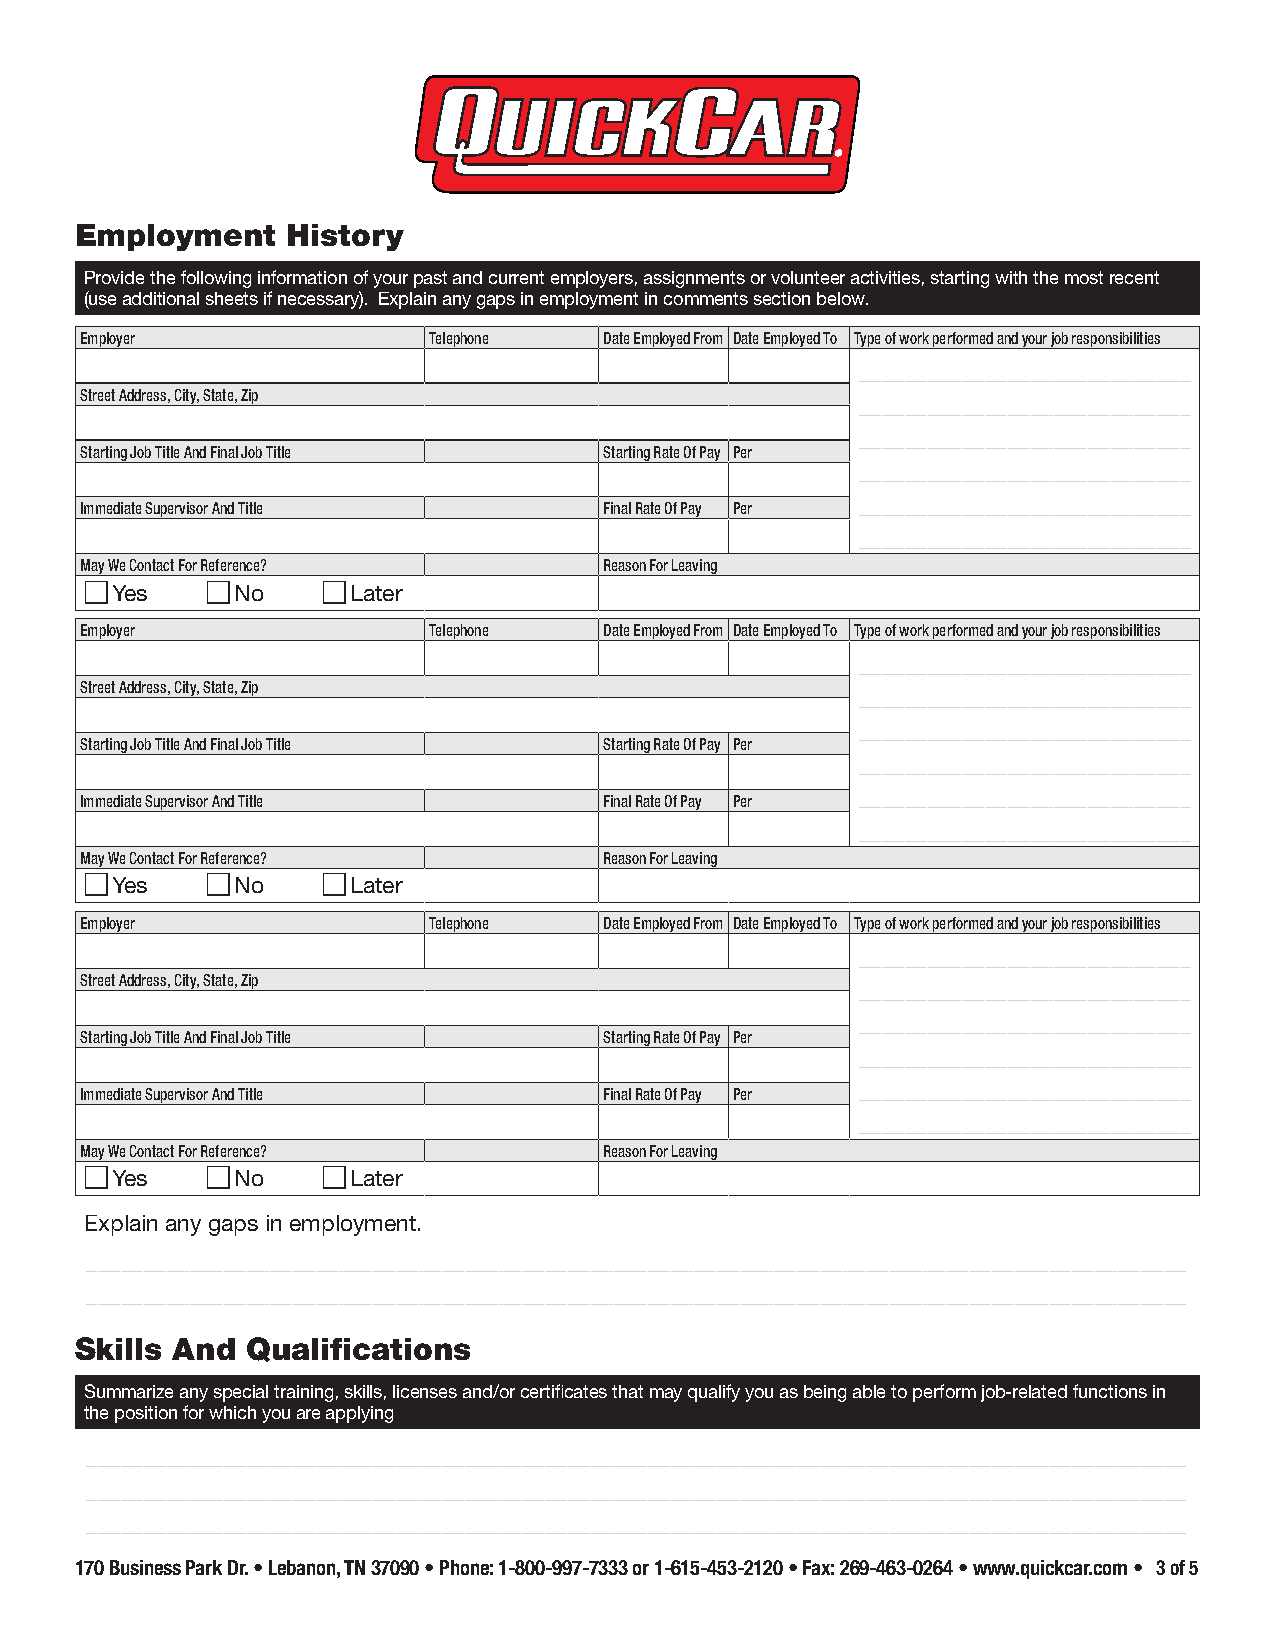
Employment    History
 Provide the following information of your past and current employers, assignments or volunteer activities, starting with the most recent
 (use additional sheets if necessary). Explain any gaps in employment in comments section below.
 Employer               Telephone   Date Employed From Date Employed To Type of work performed and your job responsibilities
 _____________________________
 Street Address, City, State, Zip
 _____________________________
 _____________________________
 Starting Job Title And Final Job Title Starting Rate Of Pay Per
 _____________________________
 _____________________________
 Immediate Supervisor And Title     Final Rate Of Pay Per
 _____________________________
 May We Contact For Reference?      Reason For Leaving
 cYes    cNo    cLater
 Employer               Telephone   Date Employed From Date Employed To Type of work performed and your job responsibilities
 _____________________________
 Street Address, City, State, Zip
 _____________________________
 _____________________________
 Starting Job Title And Final Job Title Starting Rate Of Pay Per
 _____________________________
 _____________________________
 Immediate Supervisor And Title     Final Rate Of Pay Per
 _____________________________
 May We Contact For Reference?      Reason For Leaving
 cYes    cNo    cLater
 Employer               Telephone   Date Employed From Date Employed To Type of work performed and your job responsibilities
 _____________________________
 Street Address, City, State, Zip
 _____________________________
 _____________________________
 Starting Job Title And Final Job Title Starting Rate Of Pay Per
 _____________________________
 _____________________________
 Immediate Supervisor And Title     Final Rate Of Pay Per
 _____________________________
 May We Contact For Reference?      Reason For Leaving
 cYes    cNo    cLater
 Explain any gaps in employment.
 ________________________________________________________________________________________________
 ________________________________________________________________________________________________
 Skills And Qualifications
 Summarize any special training, skills, licenses and/or certificates that may qualify you as being able to perform job-related functions in
 the position for which you are applying
 ________________________________________________________________________________________________
 ________________________________________________________________________________________________
 ________________________________________________________________________________________________
 170 Business Park Dr. • Lebanon, TN 37090 • Phone: 1-800-997-7333 or 1-615-453-2120 • Fax: 269-463-0264 • www.quickcar.com • 3 of 5